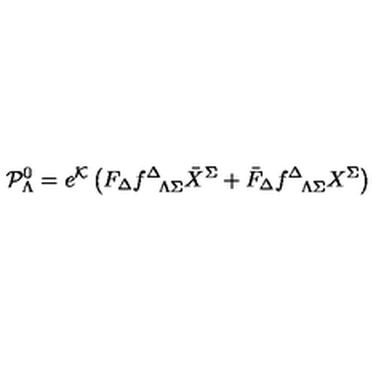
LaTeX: { \cal P } _ { \Lambda } ^ { 0 } = e ^ { \cal K } \left( F _ { \Delta } f _ { \phantom { \Delta } \Lambda \Sigma } ^ { \Delta } { \bar { X } } ^ { \Sigma } + { \bar { F } } _ { \Delta } f _ { \phantom { \Delta } \Lambda \Sigma } ^ { \Delta } { X } ^ { \Sigma } \right)